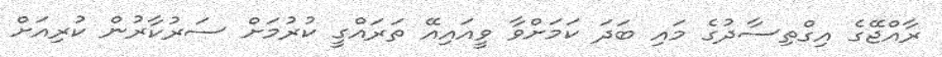
ރާއްޖޭގެ އިގްތިސާދުގެ މައި ބަދަ ކަމަށްވާ ވީއައިއޭ ތަރައްގީ ކުރުމަށް ސަރުކާރުން ކުރިއަށް